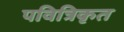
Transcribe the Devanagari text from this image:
पवित्रिकृत